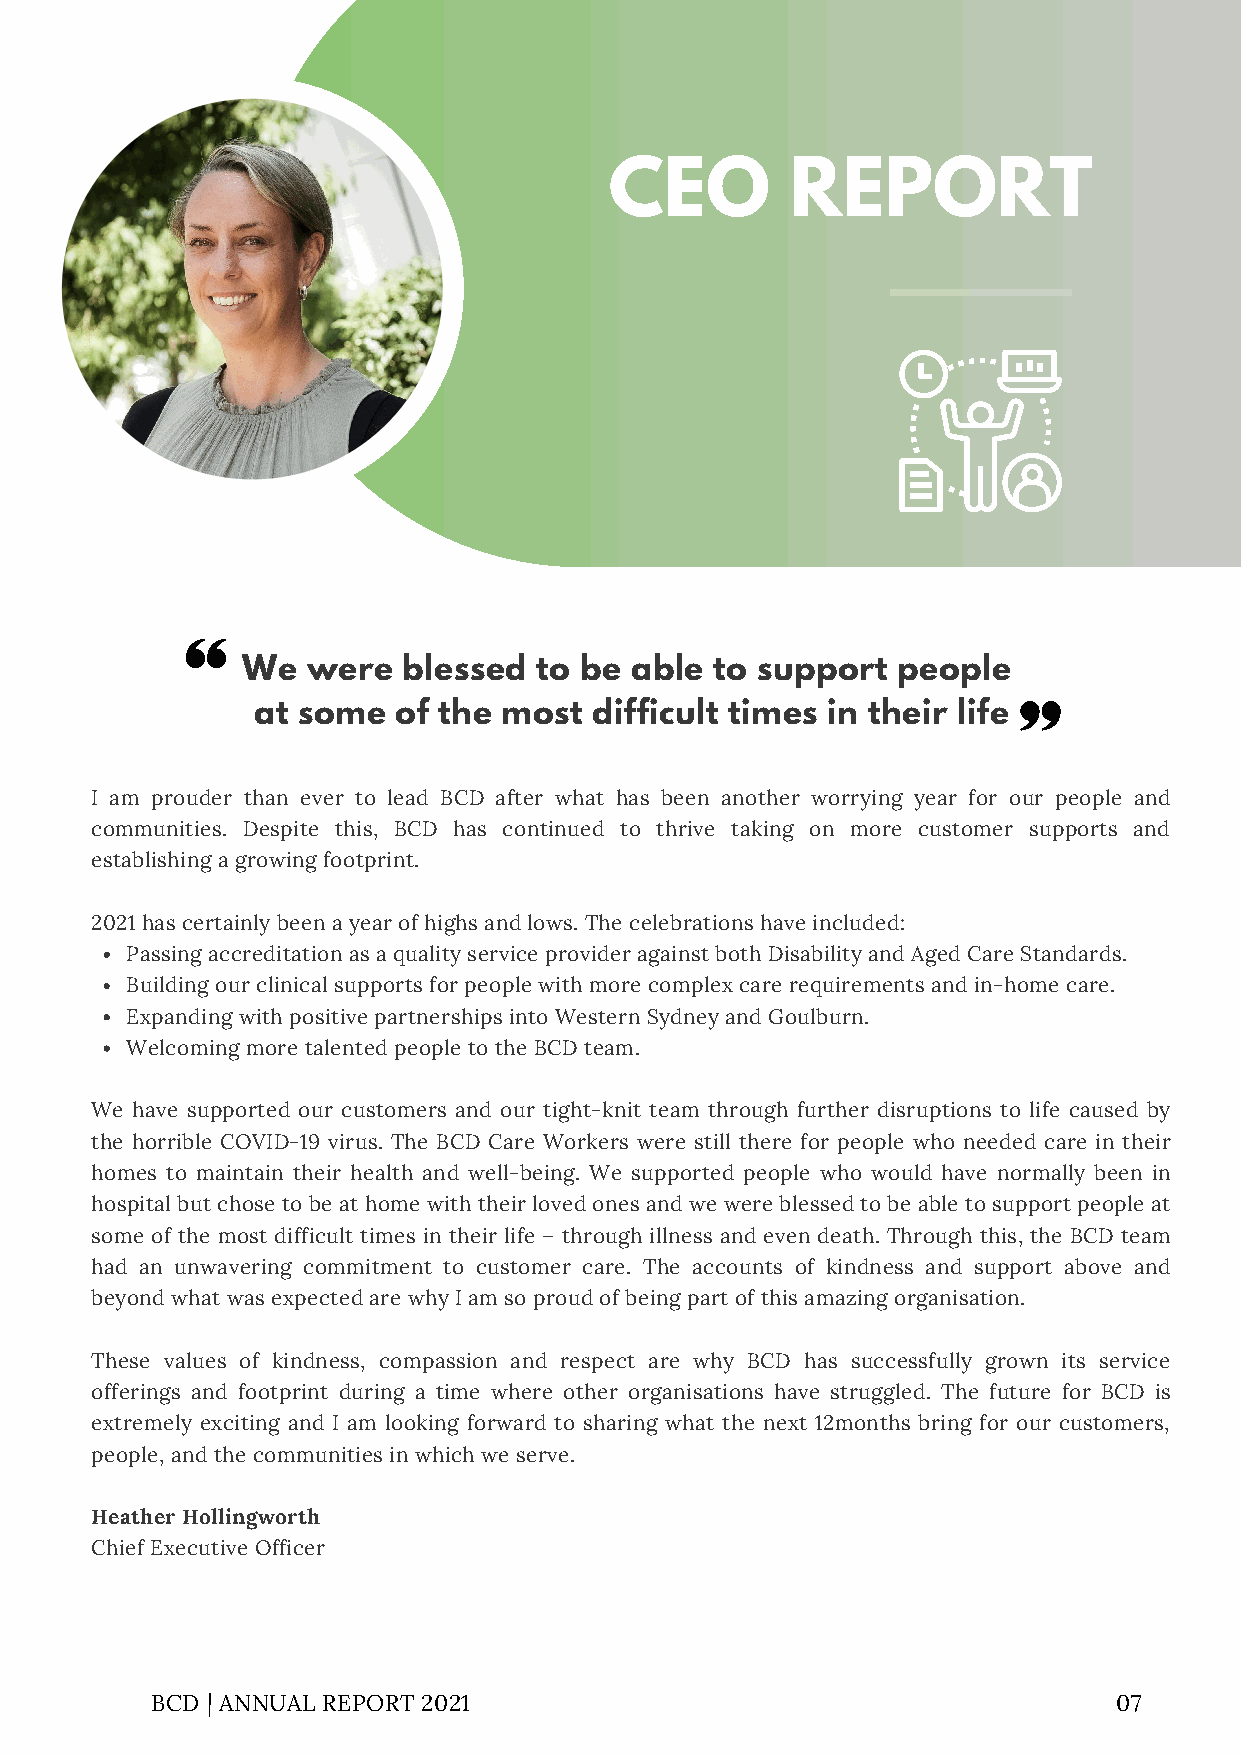
CEO         REPORT
 We  were   blessed  to be able to support  people
 at some  of the most  difficult times in their life
 I am prouder than ever to lead BCD after what has been another worrying year for our people and
 communities. Despite this, BCD has continued to thrive taking on more customer supports and
 establishing a growing footprint.
 2021 has certainly been a year of highs and lows. The celebrations have included:
 Passing accreditation as a quality service provider against both Disability and Aged Care Standards.
 Building our clinical supports for people with more complex care requirements and in-home care.
 Expanding with positive partnerships into Western Sydney and Goulburn.
 Welcoming more talented people to the BCD team.
 We have supported our customers and our tight-knit team through further disruptions to life caused by
 the horrible COVID-19 virus. The BCD Care Workers were still there for people who needed care in their
 homes to maintain their health and well-being. We supported people who would have normally been in
 hospital but chose to be at home with their loved ones and we were blessed to be able to support people at
 some of the most difficult times in their life – through illness and even death. Through this, the BCD team
 had an unwavering commitment to customer care. The accounts of kindness and support above and
 beyond what was expected are why I am so proud of being part of this amazing organisation.
 These values of kindness, compassion and respect are why BCD has successfully grown its service
 offerings and footprint during a time where other organisations have struggled. The future for BCD is
 extremely exciting and I am looking forward to sharing what the next 12months bring for our customers,
 people, and the communities in which we serve.
 Heather Hollingworth
 Chief Executive Officer
 BCD | ANNUAL REPORT 2021                                        07